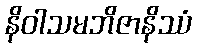
နိဝါသမဘိဇာနိဿံ